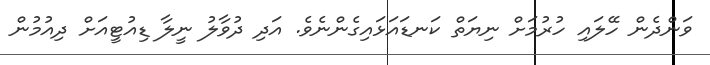
ވަންދެން ހޭލައި ހުރުމަށް ނިޔަތް ކަނޑައަޅައިގެންނެވެ. އަދި ދުވާލު ނީލާ ޑިއުޓީއަށް ދިއުމުން